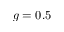
g = 0 . 5